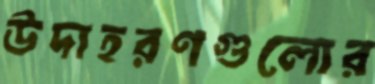
উদাহরণগুলোর